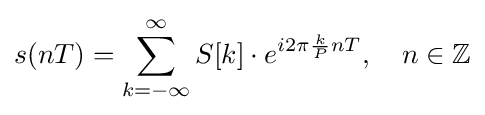
s(nT)=\sum _{k=-\infty }^{\infty }S[k]\cdot e^{i2\pi {\frac {k}{P}}nT},\quad n\in \mathbb {Z}